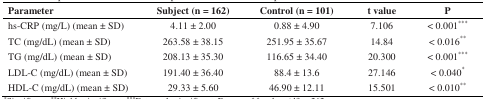
| Parameter | Subject (n = 162) | Control (n = 101) | t value | P |
 | --- | --- | --- | --- | --- |
 | hs-CRP (mg/L) (mean ± SD) | 4.11 ± 2.00 | 0.88 ± 4.90 | 7.106 | < 0.001*** |
 | TC (mg/dL) (mean ± SD) | 263.58 ± 38.15 | 251.95 ± 35.67 | 14.84 | < 0.016** |
 | TG (mg/dL) (mean ± SD) | 208.13 ± 35.30 | 116.65 ± 34.40 | 20.300 | < 0.001*** |
 | LDL-C (mg/dL) (mean ± SD) | 191.40 ± 36.40 | 88.4 ± 13.6 | 27.146 | < 0.040* |
 | HDL-C (mg/dL) (mean ± SD) | 29.33 ± 5.60 | 46.90 ± 12.11 | 15.501 | < 0.010** |